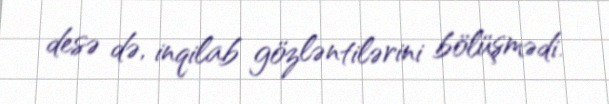
desə də, inqilab gözləntilərini bölüşmədi.